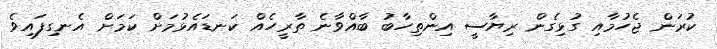
ކުރަން ޖެހުމާއި ގުޅިގެން ރިޔާސީ އިންތިހާބު ބާއްވާނެ ތާރީހެއް ކަނޑައެޅުމަށް ކަމަށް އެނގިފައިވެ